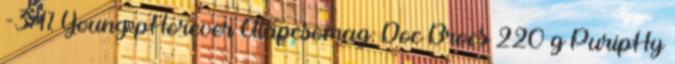
-34% Young pHorever Alapcsomag: Doc Brocs 220 g PuripHy